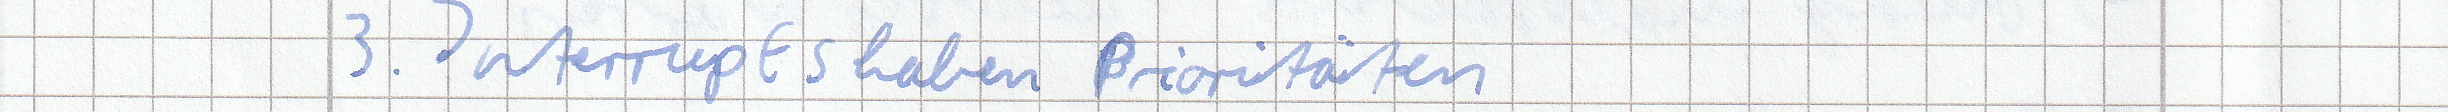
3. Interrupts haben Prioritäten